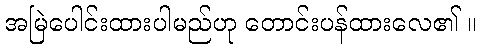
အမြဲပေါင်းထားပါမည်ဟု တောင်းပန်ထားလေ၏ ။